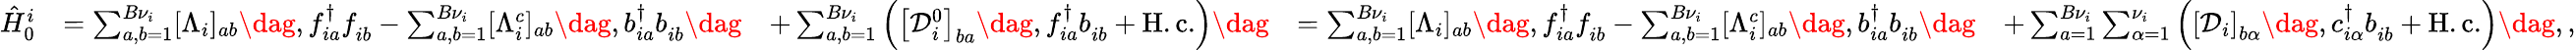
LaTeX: \begin{array}{rlrlr}{\hat{H}_{0}^{i}}&{=\sum_{a,b=1}^{{B}\nu_{i}}[\Lambda_{i}]_{ab}\dag,f_{ia}^{\dagger}f_{ib}^{\phantom{\dagger}}-\sum_{a,b=1}^{B\nu_{i}}[\Lambda_{i}^{c}]_{ab}\dag,b_{ia}^{\dagger}b_{ib}^{\phantom{\dagger}}\dag}&{+\sum_{a,b=1}^{B\nu_{i}}\left(\left[\mathcal{D}_{i}^{0}\right]_{ba}\dag,f_{ia}^{\dagger}b_{ib}^{\phantom{\dagger}}+\mathrm{H.c.}\right)\dag}&{=\sum_{a,b=1}^{{B}\nu_{i}}[\Lambda_{i}]_{ab}\dag,f_{ia}^{\dagger}f_{ib}^{\phantom{\dagger}}-\sum_{a,b=1}^{B\nu_{i}}[\Lambda_{i}^{c}]_{ab}\dag,b_{ia}^{\dagger}b_{ib}^{\phantom{\dagger}}\dag}&{+\sum_{a=1}^{B{\nu}_{i}}\sum_{\alpha=1}^{\nu_{i}}\left(\left[\mathcal{D}_{i}\right]_{b\alpha}\dag,c_{i\alpha}^{\dagger}b_{ib}^{\phantom{\dagger}}+\mathrm{H.c.}\right)\dag,,}\end{array}